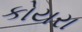
કોયરા